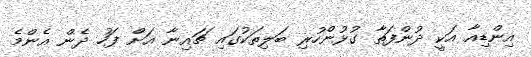
އިންޑިއާ އަކީ ދުންފަތާ ގުޅުންހުރި ބަލިތަކުގައި ޗައިނާ އަށް ފަހު ދެން އެންމެ